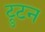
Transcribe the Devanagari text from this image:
ट्रुटन